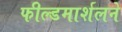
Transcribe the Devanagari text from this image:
फील्डमार्शलने